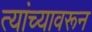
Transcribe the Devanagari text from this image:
त्यांच्यावरून